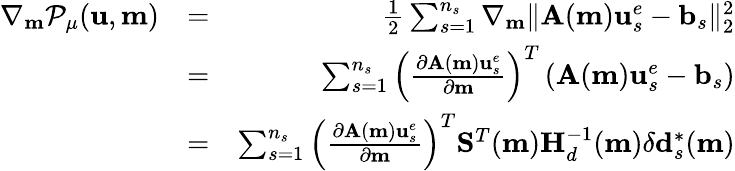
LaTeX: \begin{array}{rlr}{\nabla_{\mathbf{m}}\mathcal{P}_{\mu}(\mathbf{u},\mathbf{m})}&{=}&{\frac{1}{2}\sum_{s=1}^{n_{s}}\nabla_{\mathbf{m}}\| \mathbf{A}(\mathbf{m})\mathbf{u}_{s}^{e}-\mathbf{b}_{s}\| _{2}^{2}}\\ &{=}&{\sum_{s=1}^{n_{s}}\left(\frac{\partial\mathbf{A}(\mathbf{m})\mathbf{u}_{s}^{e}}{\partial\mathbf{m}}\right)^{T}\left(\mathbf{A}(\mathbf{m})\mathbf{u}_{s}^{e}-\mathbf{b}_{s}\right)}\\ &{=}&{\sum_{s=1}^{n_{s}}\left(\frac{\partial\mathbf{A}(\mathbf{m})\mathbf{u}_{s}^{e}}{\partial\mathbf{m}}\right)^{T}\mathbf{S}^{T}(\mathbf{m})\mathbf{H}_{d}^{-1}(\mathbf{m})\delta\mathbf{d}_{s}^{*}(\mathbf{m})}\end{array}